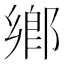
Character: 鄕